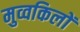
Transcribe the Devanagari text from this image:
मुव्वकिलों